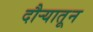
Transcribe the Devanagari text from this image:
दौर्‍यातून